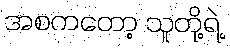
အစကတော့ သူတို့ရဲ့